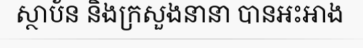
ស្ថាប័ន និងក្រសួងនានា បានអះអាង